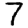
Digit: 7